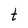
Character: t